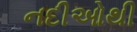
નદીઓથી